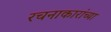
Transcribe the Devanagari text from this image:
रचनाकारांच्या